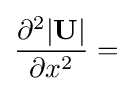
{\frac {\partial ^{2}|\mathbf {U} |}{\partial x^{2}}}=